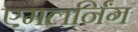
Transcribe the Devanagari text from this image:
एमलर्निंग